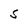
Character: S